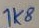
Text: 1K8